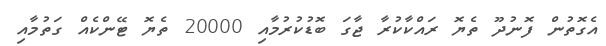
އެގޮތުން ފޮނުދޫ ތެޔޮ ރައްކާކުރާ ޖާގަ ބޮޑުކުރުމާއި 20000 ތެޔޮ ޓޭންކެއް ގަތުމާއި